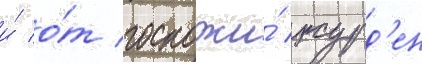
и́ о́т госпожи́ журд'ен